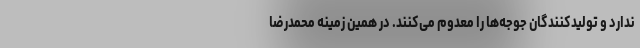
ندارد و تولیدکنندگان جوجه‌ها را معدوم می‌کنند. در همین زمینه محمدرضا